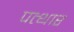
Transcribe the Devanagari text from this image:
पत्थार